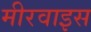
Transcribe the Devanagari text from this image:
मीरवाइस